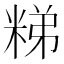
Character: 𥺀